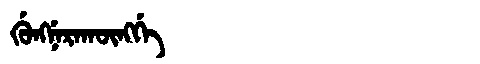
Manchu: ᡤᡠᠩᠨᡝᡵᠠᡴᡡᠩᡤᡝ
Romanization: GUNGNERAKŪNGGE